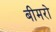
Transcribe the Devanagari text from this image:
बीमरो